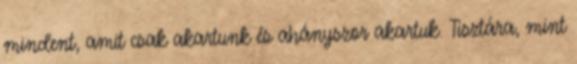
mindent, amit csak akartunk és ahányszor akartuk. Tisztára, mint